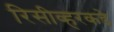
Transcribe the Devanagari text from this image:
रिसीव्हरकडे